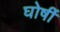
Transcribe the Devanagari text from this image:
घोर्षी